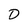
Character: D